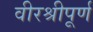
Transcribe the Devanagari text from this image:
वीरश्रीपूर्ण